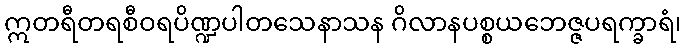
ဣတရီတရစီဝရပိဏ္ဍပါတသေနာသန ဂိလာနပစ္စယဘေဇ္ဇပရက္ခာရံ၊